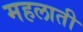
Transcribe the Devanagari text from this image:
महलाती